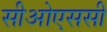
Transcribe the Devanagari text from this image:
सीओएससी